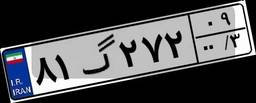
۸۱گ۲۷۲۰۹